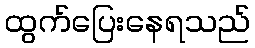
ထွက်ပြေးနေရသည်